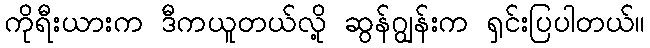
ကိုရီးယားက ဒီကယူတယ်လို့ ဆွန်ဂျွန်းက ရှင်းပြပါတယ်။